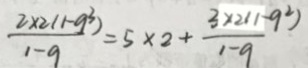
\frac { 2 \times 2 ( 1 - 9 ^ { 3 } ) } { 1 - 9 } = 5 \times 2 + \frac { 3 \times 2 ( 1 - 9 ^ { 2 } ) } { 1 - 9 }